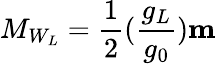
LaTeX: M_{W_{L}}=\frac{1}{2}(\frac{g_{L}}{g_{0}})\mathbf{m}